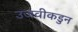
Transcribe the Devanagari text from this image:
उजवीकडुन